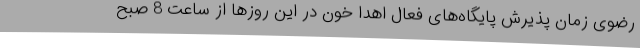
رضوی زمان پذیرش پایگاه‌های فعال اهدا خون در این روزها از ساعت 8 صبح